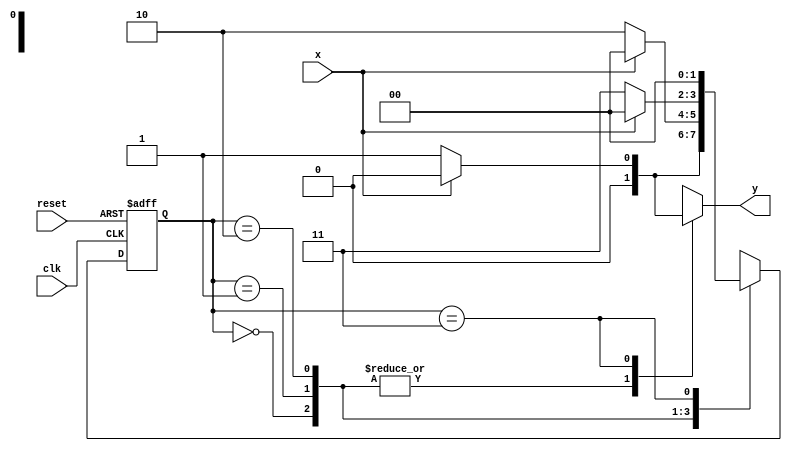
// ------------------------------------
// -- Fernando dos Santos Silva
// -- Matricula: 414506	// ------------------------------------

//constant definitions
`define found		1
`define notfound	0

//FSM by Mealy
module mealyEquals(y,x,clk,reset);
	output y;
	input x;
	input clk;
	input reset;
	
	reg y;
	
	parameter	//state identifiers
		start = 3'b000,
		id0 = 3'b001,
		id00 = 3'b010,
		id000 = 3'b011,
		id1 = 3'b100,
		id11 = 3'b101,
		id111 = 3'b110;
		
		reg [1:0] E1;	//current state variables
		reg [1:0] E2;	//next state logic output
		
		//next state logic
		always @ (x or E1)
			begin
				y = `notfound;
				
				case (E1)
					start:
						if (x)
							E2 = id1;
						else
							E2 = id0;
					id0:
						if (x)
							E2 = start;
						else
							E2 = id00;
					id00:
						if (x)
							E2 = start;
						else
							E2 = id000;
					id000:
						if (x)
							begin
								E2 = start;
								y = `notfound;
							end
						else
							begin
								E2 = start;
								y = `found;
							end
					id1:
						if (x)
							E2 = id11;
						else
							E2 = start;
					id11:
						if (x)
							E2 = id111;
						else
							E2 = start;
					id111:
						if (x)
							begin
								E2 = start;
								y = `found;
							end
						else
							begin
								E2 = start;
								y = `notfound;
							end
					default:		//undefined state
						E2 = 2'bxx;
				endcase
			end //always at signal or state changing
			
		//state variables
			always @ (posedge clk or negedge reset)
				begin
					if (reset)
						E1 = E2;	//updates current state
					else
						E1 = start;	//reset
				end //always at signal changing
				
endmodule //mealyEquals

// -----------
//	Test Mealy
// -----------
module testMealyEquals;
	reg x,reset,clk;
	wire y;
	
	mealyEquals m1(y,x,clk,reset);
	
	initial
		begin
			x = 1'b1;
			reset = 1'b1;
			clk = 1'b0;
		end
	
	initial
		begin
		
		$display("MealyEquals\nNome: Fernando dos Santos Silva \nMatricula: 414506");
		
		$display("Clk  Rst  x  y");
		#2 x = 1'b0;
		#8 x = 1'b1;
		#8 x = 1'b0;
		#6 $finish;
		end
		
	always
		#1 clk = ~clk;
	
	always @(posedge clk)
		begin
			$display("%d	%b  %b  %b",$time,reset,x,y);
		end

endmodule //testMealy